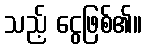
သည့် ငွေဖြစ်၏။